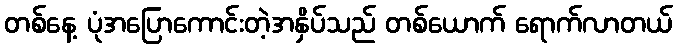
တစ်နေ့ ပုံအပြောကောင်းတဲ့အနှိပ်သည် တစ်ယောက် ရောက်လာတယ်